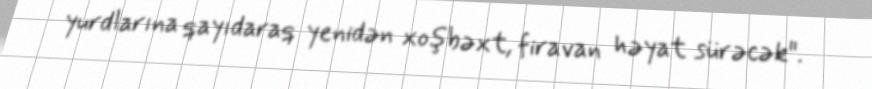
yurdlarına qayıdaraq yenidən xoşbəxt, firavan həyat sürəcək".